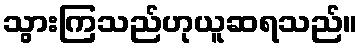
သွားကြသည်ဟုယူဆရသည်။